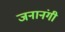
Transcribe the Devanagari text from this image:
जनानंगी